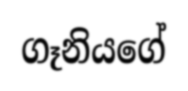
ගෑනියගේ